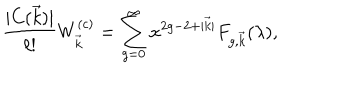
{ \frac { | C ( \vec { k } ) | } { \ell ! } } W _ { \vec { k } } ^ { ( c ) } = \sum _ { g = 0 } ^ { \infty } x ^ { 2 g - 2 + | \vec { k } | } F _ { g , \vec { k } } ( \lambda ) ,